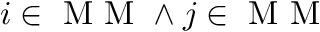
i \in \mathrm { ~ M ~ M ~ } \land j \in \mathrm { ~ M ~ M ~ }